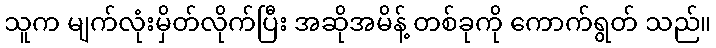
သူက မျက်လုံးမှိတ်လိုက်ပြီး အဆိုအမိန့် တစ်ခုကို ကောက်ရွတ် သည်။